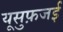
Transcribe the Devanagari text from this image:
यूसुफ़जई